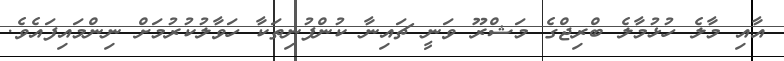
އާއި މާލެ ހުޅުމާލެ ބްރިޖްގެ މަޝްރޫ ވަނީ ޗައިނާ ކުންފުނިތަކާ ހަވާލުކުރުމަށް ނިންމައިފައެވެ.